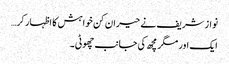
نواز شریف نے حیران کن خواہش کا اظہار کر…
ایک اور مگر مچھ کی جانب چھوٹی۔